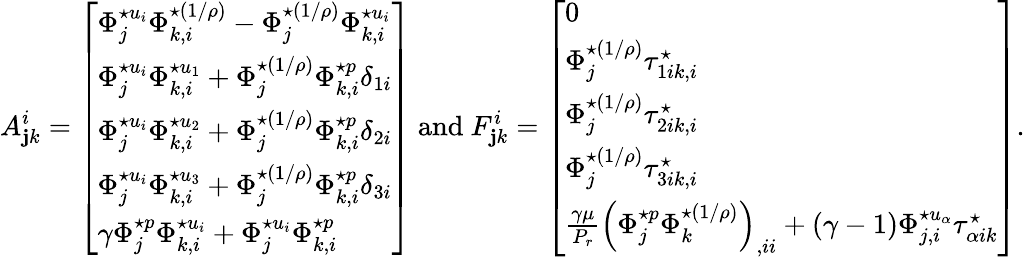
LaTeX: A_{\mathbf{j}k}^{i}=\left[\begin{array}{l}{\Phi_{j}^{\star u_{i}}\Phi_{k,i}^{\star(1/\rho)}-\Phi_{j}^{\star(1/\rho)}\Phi_{k,i}^{\star u_{i}}}\\ {\Phi_{j}^{\star u_{i}}\Phi_{k,i}^{\star u_{1}}+\Phi_{j}^{\star(1/\rho)}\Phi_{k,i}^{\star p}\delta_{1i}}\\ {\Phi_{j}^{\star u_{i}}\Phi_{k,i}^{\star u_{2}}+\Phi_{j}^{\star(1/\rho)}\Phi_{k,i}^{\star p}\delta_{2i}}\\ {\Phi_{j}^{\star u_{i}}\Phi_{k,i}^{\star u_{3}}+\Phi_{j}^{\star(1/\rho)}\Phi_{k,i}^{\star p}\delta_{3i}}\\ {\gamma\Phi_{j}^{\star p}\Phi_{k,i}^{\star u_{i}}+\Phi_{j}^{\star u_{i}}\Phi_{k,i}^{\star p}}\end{array}\right]\mathrm{{~and~}}F_{\mathbf{j}k}^{i}=\left[\begin{array}{l}{0}\\ {\Phi_{j}^{\star(1/\rho)}\tau_{1ik,i}^{\star}}\\ {\Phi_{j}^{\star(1/\rho)}\tau_{2ik,i}^{\star}}\\ {\Phi_{j}^{\star(1/\rho)}\tau_{3ik,i}^{\star}}\\ {\frac{\gamma\mu}{P_{r}}\left(\Phi_{j}^{\star p}\Phi_{k}^{\star(1/\rho)}\right)_{,ii}+(\gamma-1)\Phi_{j,i}^{\star u_{\alpha}}\tau_{\alpha ik}^{\star}}\end{array}\right].